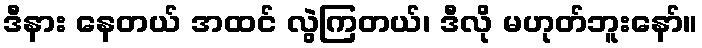
ဒီနား နေတယ် အထင် လွဲကြတယ်၊ ဒီလို မဟုတ်ဘူးနော်။